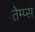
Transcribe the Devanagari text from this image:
तेम्प्स